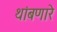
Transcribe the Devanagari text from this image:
थांबणारे